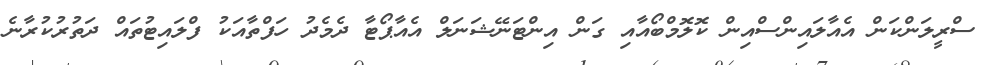
ސްރީލަންކަން އެއާލައިންސްއިން ކޮލޮމްބޯއާއި ގަން އިންޓަނޭޝަނަލް އެއާޕޯޓާ ދެމެދު ހަފްތާއަކު ފްލައިޓުތައް ދަތުރުކުރާނެ